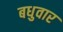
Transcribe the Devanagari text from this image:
बधुवार